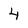
Character: 4